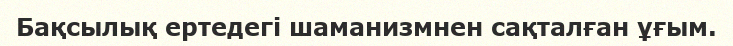
Бақсылық ертедегі шаманизмнен сақталған ұғым.